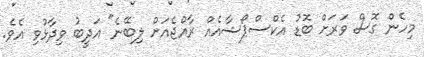
މިހެން ގޮސް ވަރަށް ބޮޑު އެކްސްޕޯޝާއެއް ރާއްޖެއަށް ލިބޭނެ" އަދީބު ވިދާޅުވި އެވެ.